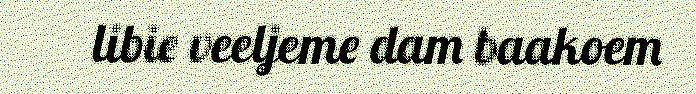
libie veeljeme dam baakoem